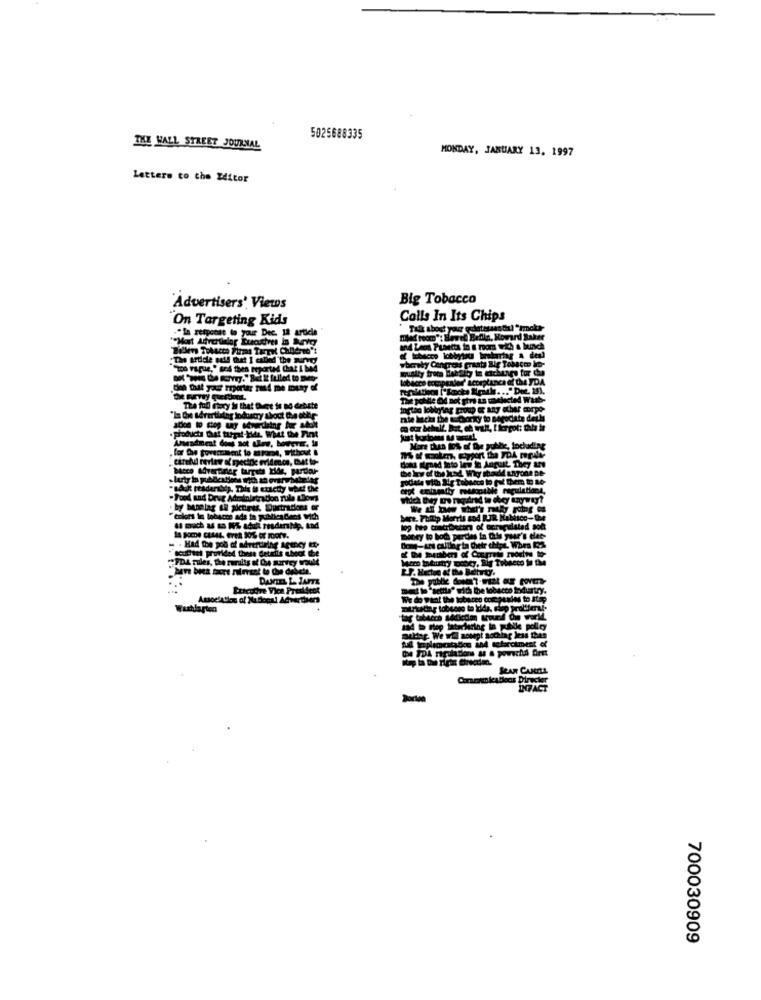
5025688335
THE WALL STREET JOURNAL
MONDAY, JANUARY 13. 1997
Letters to the Editor
Big Tobacco
"Advertisers' Views
On Targeting Kids
Calls In Its Chips
."In response to your Dec. Il article
Tal
"zoo Fique," sed then reported Chat I bed
Ly ben
colors
. Kad toe pol
Icuttet provided these deteils cbeat the
brt bres facet Fulevent to Che debele.
Ericodre Vice President
to stex
IMPACT
700030909